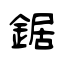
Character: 鋸